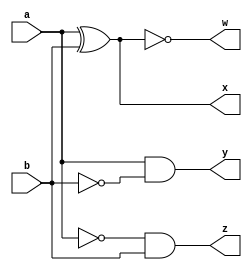
`timescale 1ns / 1ps

/*
Company: Sogang University
Engineer: G_EEE3
Create Date: 2021/10/07 15:42:06
Module Name: one_bit_comparator
*/

module one_bit_comparator(
    input a, b,
    output w, x, y, z
);

assign w = ~(a ^ b);
assign x = a ^ b;
assign y = a & ~b;
assign z = ~a & b;

endmodule